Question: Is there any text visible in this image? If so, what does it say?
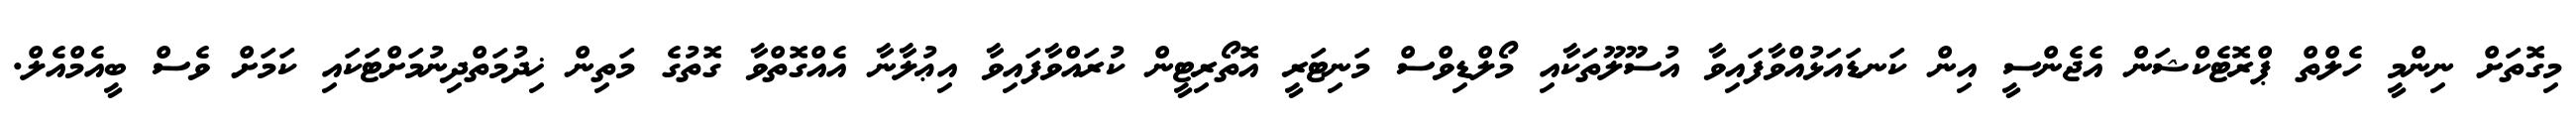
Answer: މިގޮތަށް ނިންމީ ހެލްތް ޕްރޮޓެކްޝަން އެޖެންސީ އިން ކަނޑައަޅުއްވާފައިވާ އުސޫލޫތަކާއި މޯލްޑިވްސް މަނިޓަރީ އޮތޯރިޓީން ކުރައްވާފައިވާ އިޢުލާނާ އެއްގޮތްވާ ގޮތުގެ މަތިން ޚިދުމަތްދިނުމަށްޓަކައި ކަމަށް ވެސް ބީއެމްއެލް.